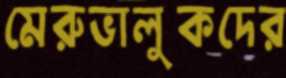
মেরুভালুকদের